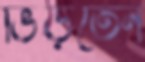
ভিড়তেন